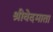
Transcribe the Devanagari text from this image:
श्रीवेदमाता